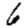
Digit: 6